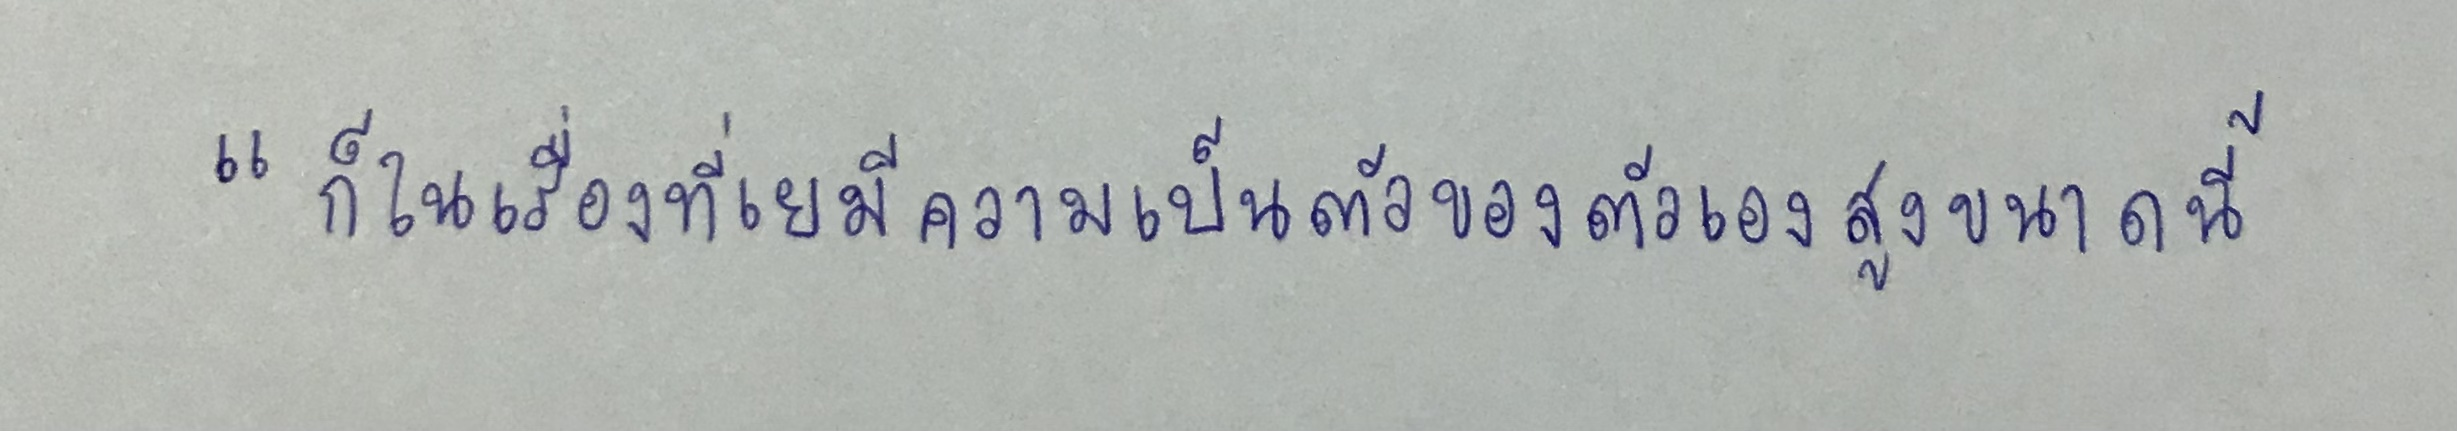
"ก็ในเรื่องที่เยมีความเป็นตัวของตัวเองสูงขนาดนี้